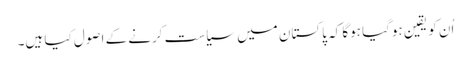
اُن کو یقین ہوگیا ہوگا کہ پاکستان میں سیاست کرنے کے اصول کیا ہیں۔